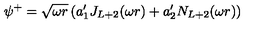
\psi ^ { + } = \sqrt { \omega r } \left( a _ { 1 } ^ { \prime } J _ { L + 2 } ( \omega r ) + a _ { 2 } ^ { \prime } N _ { L + 2 } ( \omega r ) \right)